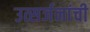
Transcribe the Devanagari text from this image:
उत्सर्जनांची